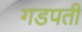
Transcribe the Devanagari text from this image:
गडपती